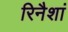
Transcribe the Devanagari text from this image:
रिनैशां